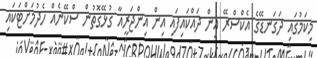
މިކަމުގައި ދަގަނޑޭގެ އެކްސްރޭ އިން ދައްކައިފައި އިން އިންޖަރީއާ ގުޅޭގޮތުން ސްކޭނެއް ހެދުމަށްޓަކައި